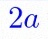
2a